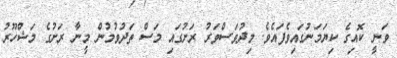
ވަނީ ކޮއިގެ ކިޔަމަނުގައިވެފައެވެ. މިދުވަސްވަރު ރަށުގައި މަސް ތަދުވުމުން މީނާ ރަށުގެ މަޝްހޫރު